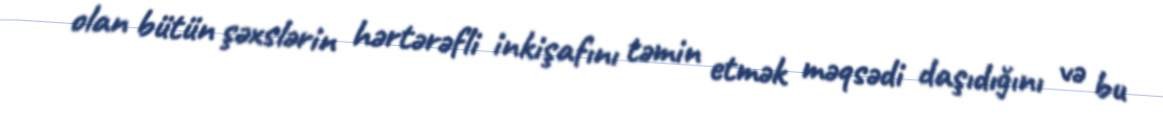
olan bütün şəxslərin hərtərəfli inkişafını təmin etmək məqsədi daşıdığını və bu